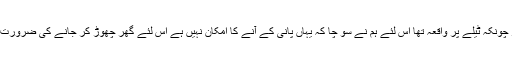
ہمارا گھر چونکہ ٹیلے پر واقعہ تھا اس لئے ہم نے سو چا کہ یہاں پانی کے آنے کا امکان نہیں ہے اس لئے گھر چھوڑ کر جانے کی ضرورت نہیں ہے۔